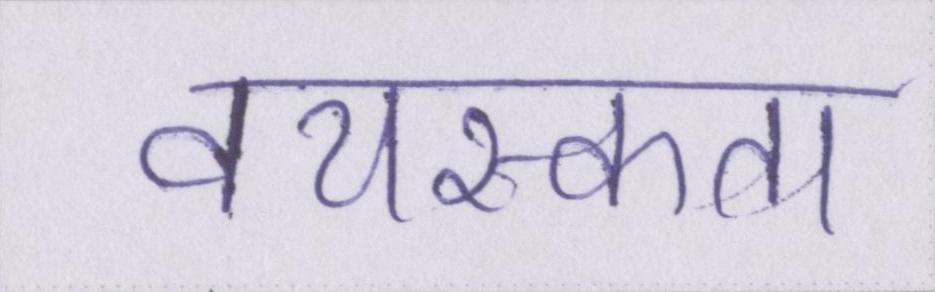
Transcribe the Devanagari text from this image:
वयस्कता